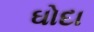
ઘોદા